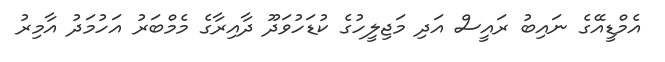
އެމްޑީއޭގެ ނައިބު ރައީސް އަދި މަޖިލީހުގެ ކުޑަހުވަދޫ ދާއިރާގެ މެމްބަރު އަހުމަދު އާމިރު